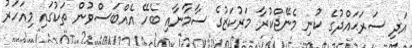
އަދި ސަރަޙައްދުގެ ކުނި މެނޭޖްކުރާ މަރުކަޒުގެ ސާމާނާއި ބެހޭ އެއްބަސްވުން ތަކުގައި މިއަހަރު